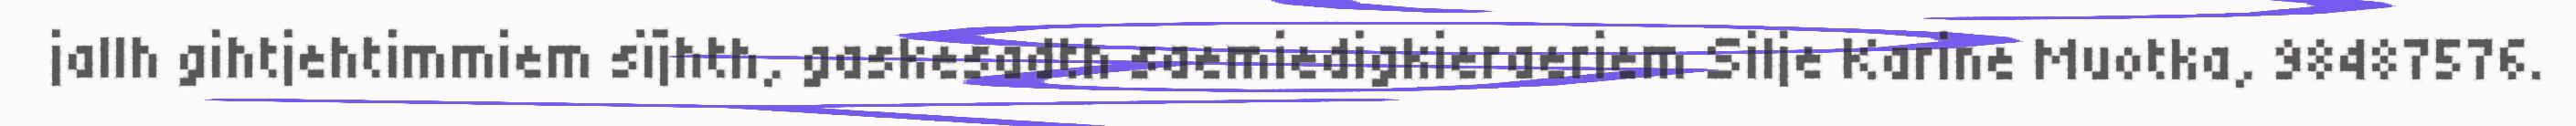
jallh gihtjehtimmiem sïjhth, gaskesadth saemiedigkieraeriem Silje Karine Muotka, 98487576.